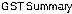
GST SUMMARY